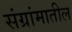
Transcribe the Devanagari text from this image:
संग्रांमातील